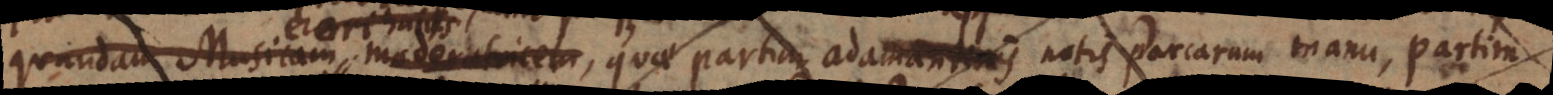
quandam Musicam moderatricem, quae partim adamantinis notis Parcarum manu, partim